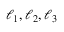
\ell _ { 1 } , \ell _ { 2 } , \ell _ { 3 }